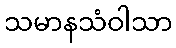
သမာနသံဝါသာ